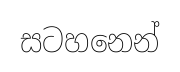
සටහනෙන්